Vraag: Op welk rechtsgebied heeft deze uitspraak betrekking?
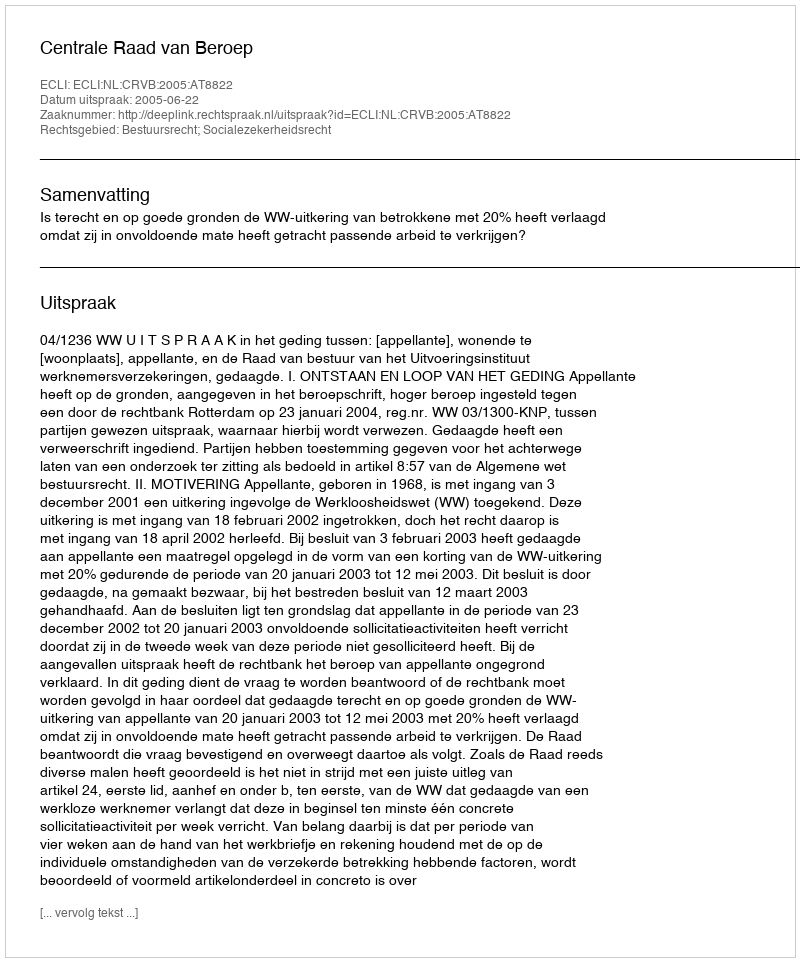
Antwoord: Bestuursrecht; Socialezekerheidsrecht